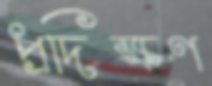
প্রদিক্ষণ